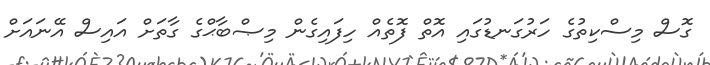
ގޮސް މިސްކިތުގެ ހަރުގަނޑުގައި އޮތް ފޮތެއް ހިފައިގެން މިޞްބާޙްގެ ގާތަށް އައިސް އޭނައަށް